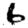
Digit: 6